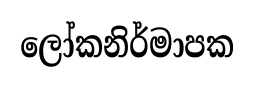
ලෝකනිර්මාපක